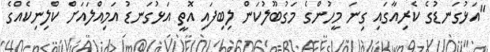
"އަޅުގަނޑުގެ ކެރިއާގައި ގިނަ މީހުންގެ މަގުބޫލުކަން ލިބިފައި އޮތީ އަޅުގަނޑު އަމިއްލައަށް ކްލިނިކެއްގެ